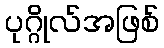
ပုဂ္ဂိုလ်အဖြစ်